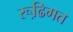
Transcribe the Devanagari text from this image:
रूढि़गत